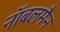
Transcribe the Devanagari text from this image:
नॉबलमैन